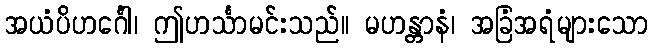
အယံပိဟင်္ဂေါ၊ ဤဟင်္သာမင်းသည်။ မဟန္တာနံ၊ အခြံအရံများသော